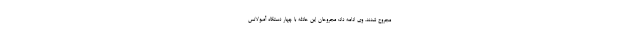
مجروح شدند. وی ادامه داد: مجروحان این حادثه با چهار دستگاه آمبولانس